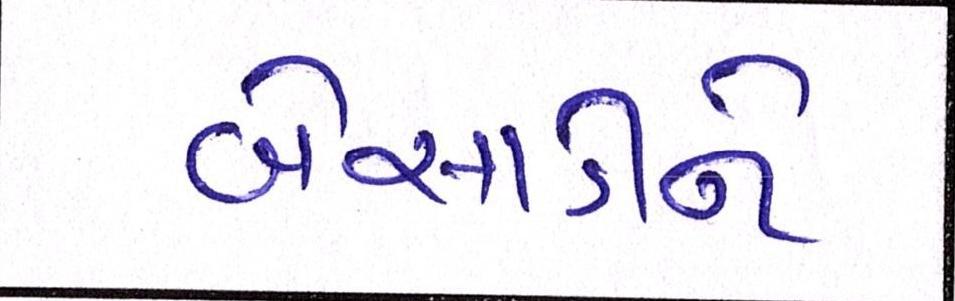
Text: બેસાડીને